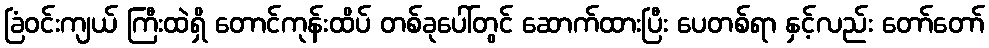
ခြံဝင်းကျယ် ကြီးထဲရှိ တောင်ကုန်းထိပ် တစ်ခုပေါ်တွင် ဆောက်ထားပြီး ပေတစ်ရာ နှင့်လည်း တော်တော်